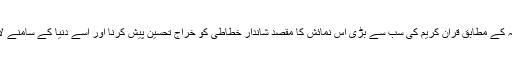
انتظامیہ کے مطابق قرآن کریم کی سب سے بڑی اس نمائش کا مقصد شاندار خطاطی کو خراج تحسین پیش کرنا اور اسے دنیا کے سامنے لانا ہے۔